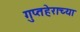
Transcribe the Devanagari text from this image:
गुप्तहेराच्या